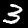
Label: 3